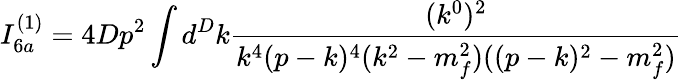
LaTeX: I_{6a}^{(1)}=4Dp^{2}\int d^{D}k\frac{(k^{0})^{2}}{k^{4}(p-k)^{4}(k^{2}-m_{f}^{2})((p-k)^{2}-m_{f}^{2})}